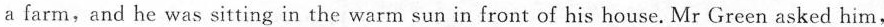
a farm,and he was sitting in the warm sun in front of his house. Mr Green asked him,